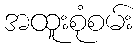
အထူးစုံစမ်း